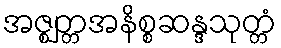
အဇ္ဈတ္တအနိစ္စဆန္ဒသုတ္တံ